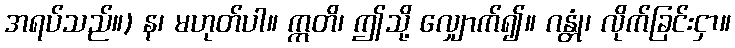
အရပ်သည်။) န၊ မဟုတ်ပါ။ ဣတိ၊ ဤသို့ လျှောက်၍။ ဂန္တုံ၊ လိုက်ခြင်းငှာ။